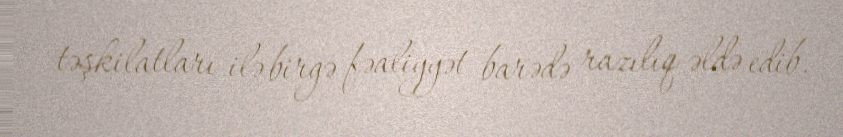
təşkilatları ilə birgə fəaliyyət barədə razılıq əldə edib.